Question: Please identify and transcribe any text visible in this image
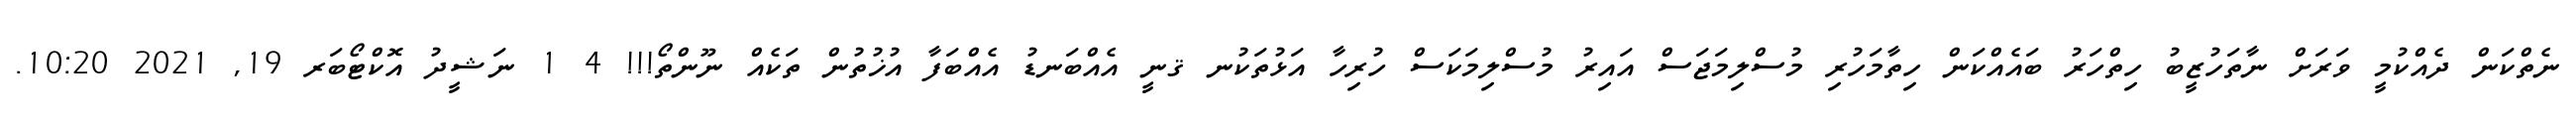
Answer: ނެތްކަން ދެއްކުމީ ވަރަށް ނާތަހުޒީބު ހިތްހަރު ބައެއްކަން ހިތާމަހުރި މުސްލިމަޖަސް އައިރު މުސްލިމަކަސް ހުރިހާ އަޅުތަކުނ ޤނީ އެއްބަނޑު އެއްބަފާ އުޚުތުން ތަކެއް ނޫންތޯ!!! 4 1 ނަޝީދު އޮކްޓޯބަރ 19, 2021 10:20.